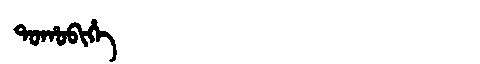
Manchu: ᡨᠣᡥᠣᠪᡳᡥᡝ
Romanization: TOHOBIHE